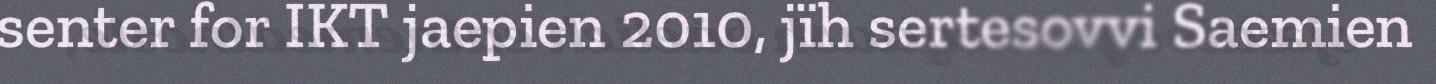
senter for IKT jaepien 2010, jïh sertesovvi Saemien